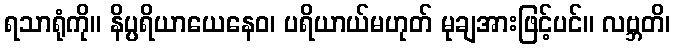
ရသာရုံကို။ နိပ္ပရိယာယေနေဝ၊ ပရိယာယ်မဟုတ် မုချအားဖြင့်ပင်။ လဗ္ဘတိ၊